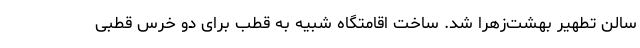
سالن تطهیر بهشت‌زهرا شد. ساخت اقامتگاه شبیه به قطب برای دو خرس قطبی